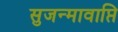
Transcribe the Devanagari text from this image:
सुजन्मावाप्ति